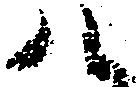
八